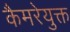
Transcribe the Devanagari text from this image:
कैमरेयुक्त